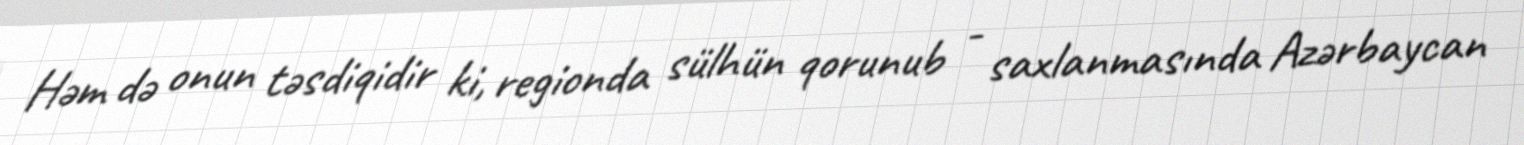
Həm də onun təsdiqidir ki, regionda sülhün qorunub - saxlanmasında Azərbaycan